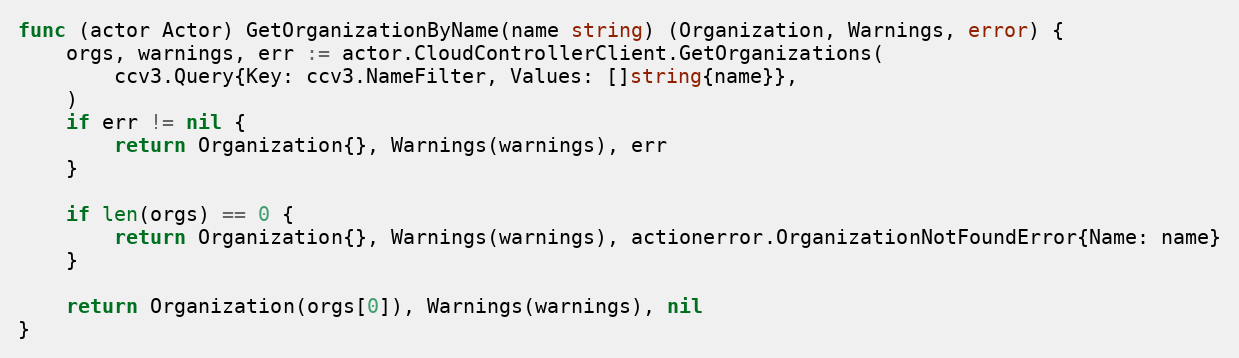
Language: Go
func (actor Actor) GetOrganizationByName(name string) (Organization, Warnings, error) {
	orgs, warnings, err := actor.CloudControllerClient.GetOrganizations(
		ccv3.Query{Key: ccv3.NameFilter, Values: []string{name}},
	)
	if err != nil {
		return Organization{}, Warnings(warnings), err
	}

	if len(orgs) == 0 {
		return Organization{}, Warnings(warnings), actionerror.OrganizationNotFoundError{Name: name}
	}

	return Organization(orgs[0]), Warnings(warnings), nil
}